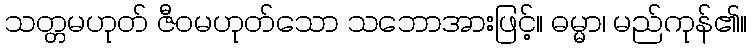
သတ္တမဟုတ် ဇီဝမဟုတ်သော သဘောအားဖြင့်။ ဓမ္မာ၊ မည်ကုန်၏။